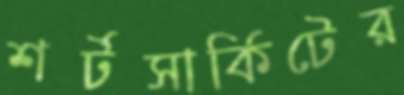
শর্টসার্কিটের